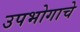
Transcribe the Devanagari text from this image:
उपभोगाचे